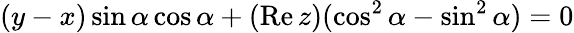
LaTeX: (y-x)\sin\alpha\cos\alpha+(\mathrm{Re}\, z)(\cos^{2}\alpha-\sin^{2}\alpha)=0